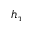
h _ { \tau }